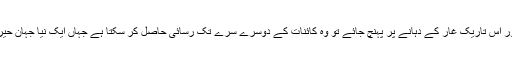
البتہ اگر انسان کسی طور اس تاریک غار کے دہانے پر پہنچ جائے تو وہ کائنات کے دوسرے سرے تک رسائی حاصل کر سکتا ہے جہاں ایک نیا جہان حیرت اس کا منتظر ہو گا۔